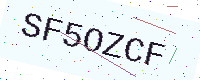
Text: SF5OZCF